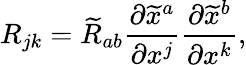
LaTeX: R_{jk}={\widetilde{R}}_{ab}{\frac{\partial{\widetilde{x}}^{a}}{\partial x^{j}}}{\frac{\partial{\widetilde{x}}^{b}}{\partial x^{k}}},